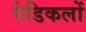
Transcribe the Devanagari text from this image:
पेडिकलों